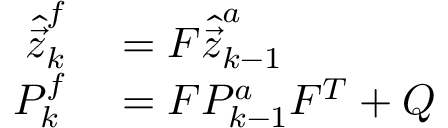
\begin{array} { r l } { \hat { \vec { z } } _ { k } ^ { f } } & { { } = F \hat { \vec { z } } _ { k - 1 } ^ { a } } \\ { P _ { k } ^ { f } } & { { } = F P _ { k - 1 } ^ { a } F ^ { T } + Q } \end{array}